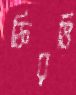
ফিরভি